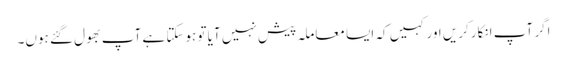
اگر آپ انکارکریں اور کہیں کہ ایسا معاملہ پیش نہیں آیا تو ہوسکتا ہے آپ بھول گئے ہوں۔